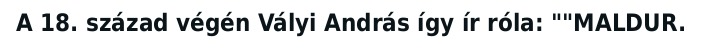
A 18. század végén Vályi András így ír róla: ""MALDUR.